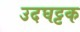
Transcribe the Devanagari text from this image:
उदघट्टक